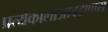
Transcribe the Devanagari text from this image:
प्रत्येकालाआवडणारा